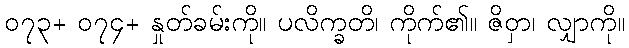
၀၇၃+ ၀၇၄+ နှုတ်ခမ်းကို။ ပလိက္ခတိ၊ ကိုက်၏။ ဇိဝှာ၊ လျှာကို။